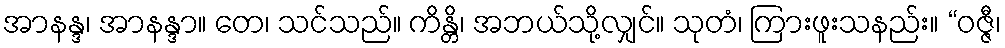
အာနန္ဒ၊ အာနန္ဒာ။ တေ၊ သင်သည်။ ကိန္တိ၊ အဘယ်သို့လျှင်။ သုတံ၊ ကြားဖူးသနည်း။ “ဝဇ္ဇီ၊